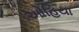
ઓહિયા